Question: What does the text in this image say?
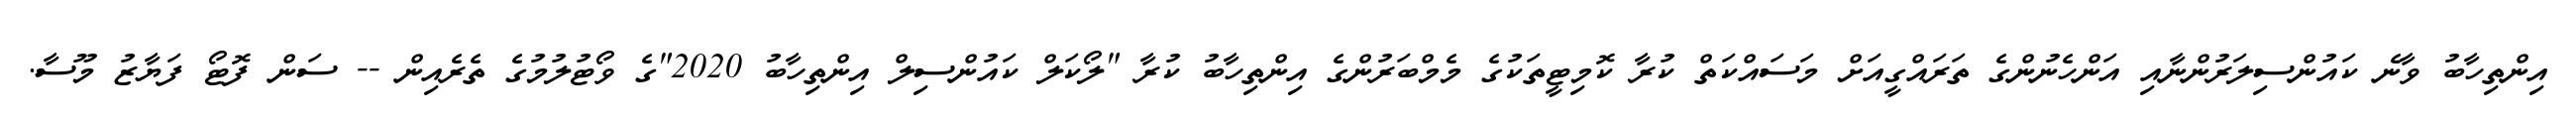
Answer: އިންތިހާބު ވާނެ ކައުންސިލަރުންނާއި އަންހެނުންގެ ތަރައްގީއަށް މަސައްކަތް ކުރާ ކޮމިޓީތަކުގެ މެމްބަރުންގެ އިންތިހާބު ކުރާ "ލޯކަލް ކައުންސިލް އިންތިހާބު 2020"ގެ ވޯޓުލުމުގެ ތެރެއިން -- ސަން ފޮޓޯ ފަޔާޒު މޫސާ.